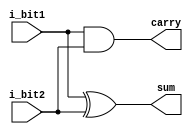
`timescale 1ns/1ps

module half_adder 
  (
   i_bit1,
   i_bit2,
   sum,
   carry
   );
 
  input  i_bit1;
  input  i_bit2;
  output sum;
  output carry;
  assign sum   = i_bit1 ^ i_bit2;  // bitwise xor
  assign carry = i_bit1 & i_bit2;  // bitwise and

  // Dump waves
  `ifdef COCOTB_SIM
    initial begin
        $dumpfile ("half_adder.vcd");
        $dumpvars (0, half_adder);
        #1;
    end
`endif
endmodule